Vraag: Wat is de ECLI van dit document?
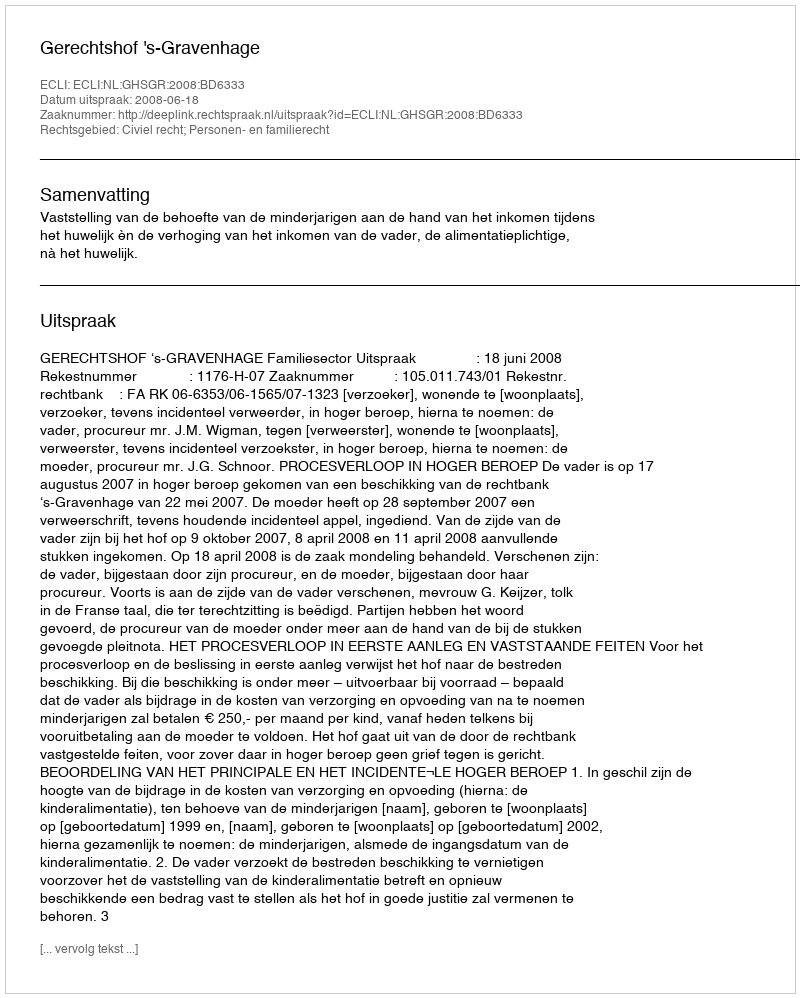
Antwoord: ECLI:NL:GHSGR:2008:BD6333